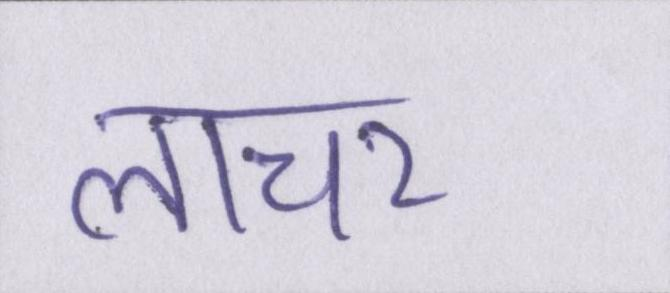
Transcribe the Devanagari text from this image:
लाचर